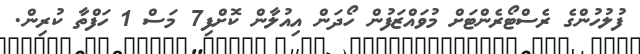
ފުލުހުންގެ ރެސްޓޯރެންޓަށް މުވައްޒަފުން ހޯދަން އިއުލާން ކޮށްފި7 މަސް 1 ހަފްތާ ކުރިން.